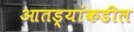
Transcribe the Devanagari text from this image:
आतड्यांकडील